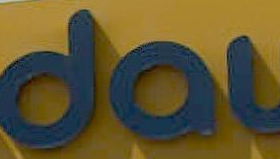
dat